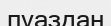
пуаздан